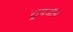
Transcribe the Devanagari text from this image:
ट्रायऑन